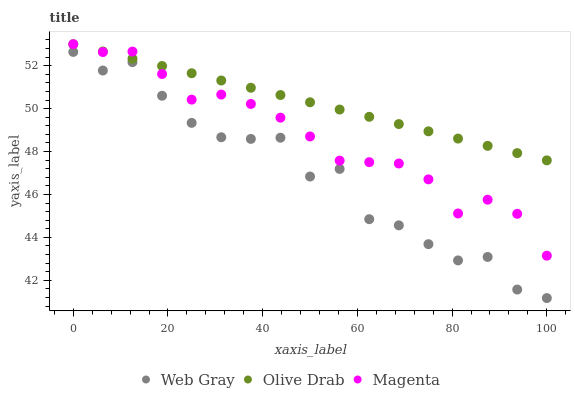
| xaxis_label | Web Gray | Olive Drab | Magenta |
 | --- | --- | --- | --- |
 | 0 | 52.6 | 53 | 53 |
 | 6.25 | 51.8 | 52.7 | 52.6 |
 | 12.5 | 52.2 | 52.3 | 52.7 |
 | 18.8 | 50.6 | 52 | 51.6 |
 | 25 | 49.3 | 51.6 | 50.4 |
 | 31.2 | 48.7 | 51.3 | 50.7 |
 | 37.5 | 48.6 | 51 | 50.2 |
 | 43.8 | 48.6 | 50.6 | 49.6 |
 | 50 | 46.8 | 50.3 | 48.7 |
 | 56.2 | 47.2 | 50 | 47.6 |
 | 62.5 | 44.8 | 49.6 | 47.5 |
 | 68.8 | 44.6 | 49.3 | 47.4 |
 | 75 | 43.7 | 48.9 | 46.7 |
 | 81.2 | 42.9 | 48.6 | 45.1 |
 | 87.5 | 43.1 | 48.3 | 45.8 |
 | 93.8 | 41.6 | 47.9 | 45.1 |
 | 100 | 41.2 | 47.6 | 43.1 |